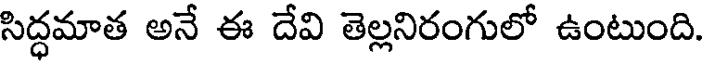
సిద్ధమాత అనే ఈ దేవి తెల్లనిరంగులో ఉంటుంది.